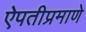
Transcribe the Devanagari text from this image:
ऐपतीप्रमाणे